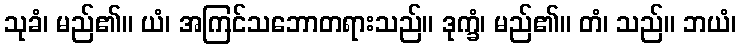
သုခံ၊ မည်၏။ ယံ၊ အကြင်သဘောတရားသည်။ ဒုက္ခံ၊ မည်၏။ တံ၊ သည်။ ဘယံ၊